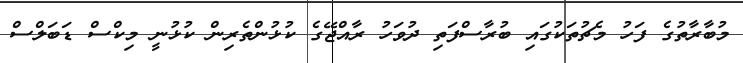
މުބާރާތުގެ ފަހު މެޗުތަކުގައި ބުރާސްފަތި ދުވަހު ރާއްޖޭގެ ކުޅުންތެރިން ކުޅުނީ މިކްސް ޑަބަލްސް